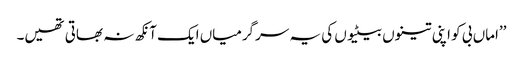
’’اماں بی کو اپنی تینوں بیٹیوں کی یہ سرگرمیاں ایک آنکھ نہ بھاتی تھیں۔